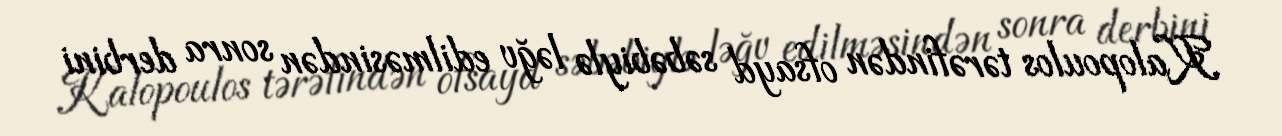
Kalopoulos tərəfindən ofsayd səbəbiylə ləğv edilməsindən sonra derbini